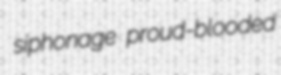
siphonage proud-blooded